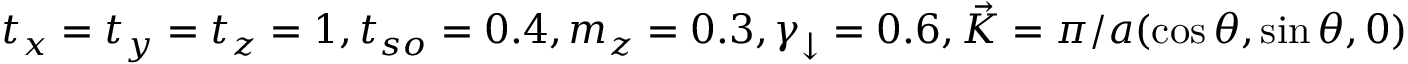
t _ { x } = t _ { y } = t _ { z } = 1 , t _ { s o } = 0 . 4 , m _ { z } = 0 . 3 , \gamma _ { \downarrow } = 0 . 6 , \vec { K } = \pi / a ( \cos \theta , \sin \theta , 0 ) , \theta = 5 0 ^ { \circ }